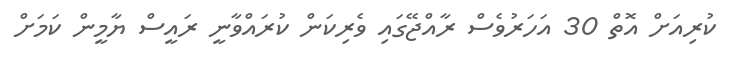
ކުރިއަށް އޮތް 30 އަހަރުވެސް ރާއްޖޭގައި ވެރިކަން ކުރައްވާނީ ރައީސް ޔާމީން ކަމަށް